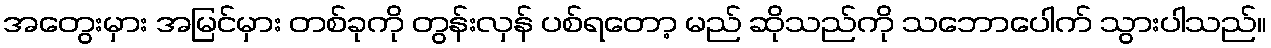
အတွေးမှား အမြင်မှား တစ်ခုကို တွန်းလှန် ပစ်ရတော့ မည် ဆိုသည်ကို သဘောပေါက် သွားပါသည်။